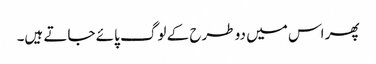
پھر اس میں دو طرح کے لوگ پائے جاتے ہیں۔